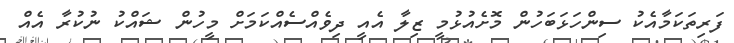
ފަރިތަކަމާއެކު ސިންހަޅަބަހުން މޮށެއުޅުމީ ޒިލާ އެއީ ދިވެއްސެއްކަމަށް މީހުން ޝައްކު ނުކުރާ އެއް